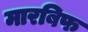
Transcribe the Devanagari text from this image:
मारबिफ